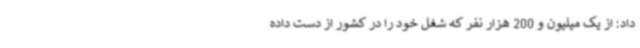
داد: از یک میلیون و 200 هزار نفر که شغل خود را در کشور از دست داده